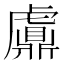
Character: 𧈂